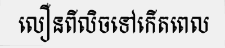
លឿនពីលិចទៅកើតពេល